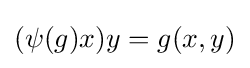
(\psi (g)x)y=g(x,y)